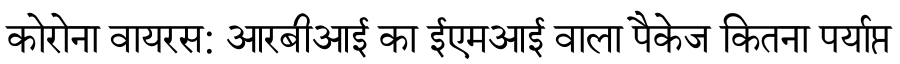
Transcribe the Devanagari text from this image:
कोरोना वायरस: आरबीआई का ईएमआई वाला पैकेज कितना पर्याप्त